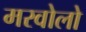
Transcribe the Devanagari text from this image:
मरवोलो